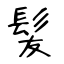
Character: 髪